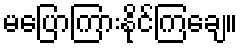
မပြောကြားနိုင်ကြချေ။